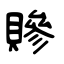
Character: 贂